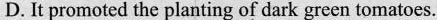
D. It promoted the planting of dark green tomatoes.